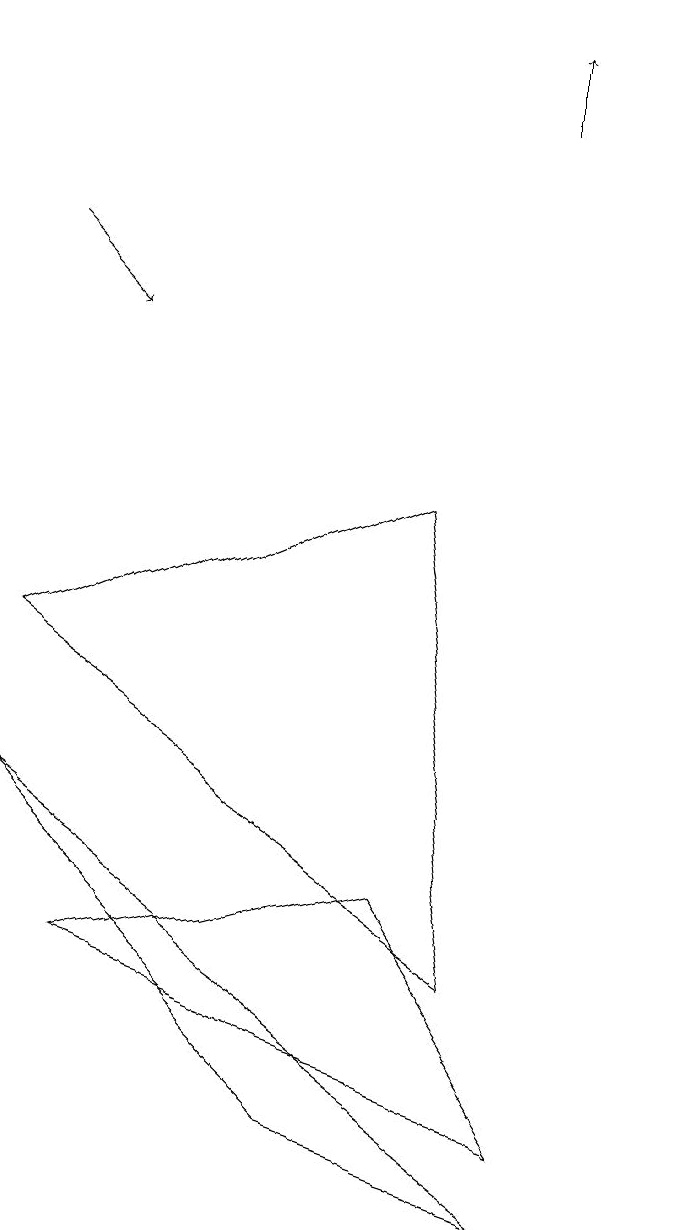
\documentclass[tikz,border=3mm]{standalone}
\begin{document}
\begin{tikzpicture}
\draw (2,7) -- (8,3) -- (7,9) -- cycle;
\draw[->] (2,12) -- (3,11);
\draw (10,10) circle (0);
\draw (9,0) -- (6,1) -- (2,5) -- cycle;
\draw (7,4) -- (9,1) -- (3,3) -- cycle;
\draw[->] (8,14) -- (8,15);
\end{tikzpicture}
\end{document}